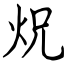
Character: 炾